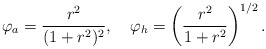
\begin{align*}\varphi_{a}=\frac{r^{2}}{(1+r^{2})^{2}},\quad\varphi_{h}=\left(\frac{r^{2}}{1+r^{2}}\right)^{1/2}.\end{align*}